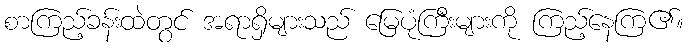
စာကြည့်ခန်းထဲတွင် အရာရှိများသည် မြေပုံကြီးများကို ကြည့်နေကြ၏။